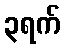
၃ရက်